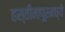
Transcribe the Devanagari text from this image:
हस्तीनापूरमध्ये